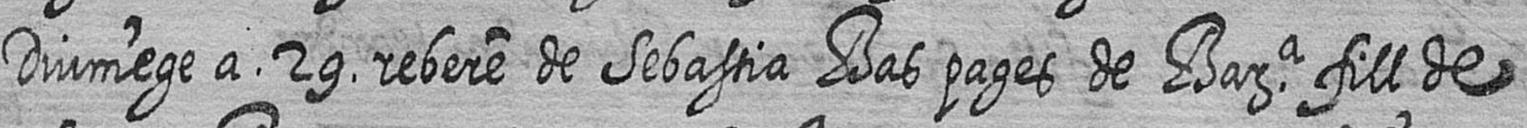
Diumege a 29 rebere de Sebastia Bas pages de Bara fill de